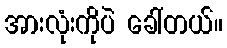
အားလုံးကိုပဲ ခေါ်တယ်။